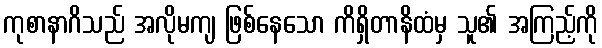
ကုစာနာဂိသည် အလိုမကျ ဖြစ်နေသော ကိရှိတာနိထံမှ သူ၏ အကြည့်ကို